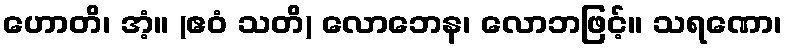
ဟောတိ၊ အံ့။ (ဧဝံ သတိ) လောဘေန၊ လောဘဖြင့်။ သရဏော၊